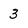
Character: 3